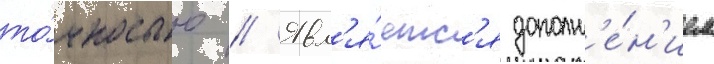
то́чностью // Явл'я́етс'я дополн'е́н'ием